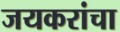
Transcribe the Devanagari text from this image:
जयकरांचा